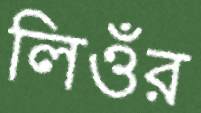
লিওঁর